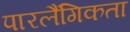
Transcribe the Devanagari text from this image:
पारलैंगिकता